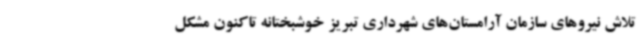
تلاش نیروهای سازمان آرامستان‌های شهرداری تبریز خوشبختانه تاکنون مشکل